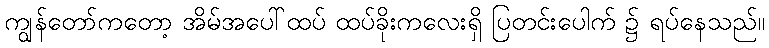
ကျွန်တော်ကတော့ အိမ်အပေါ်ထပ် ထပ်ခိုးကလေးရှိ ပြတင်းပေါက် ၌ ရပ်နေသည်။